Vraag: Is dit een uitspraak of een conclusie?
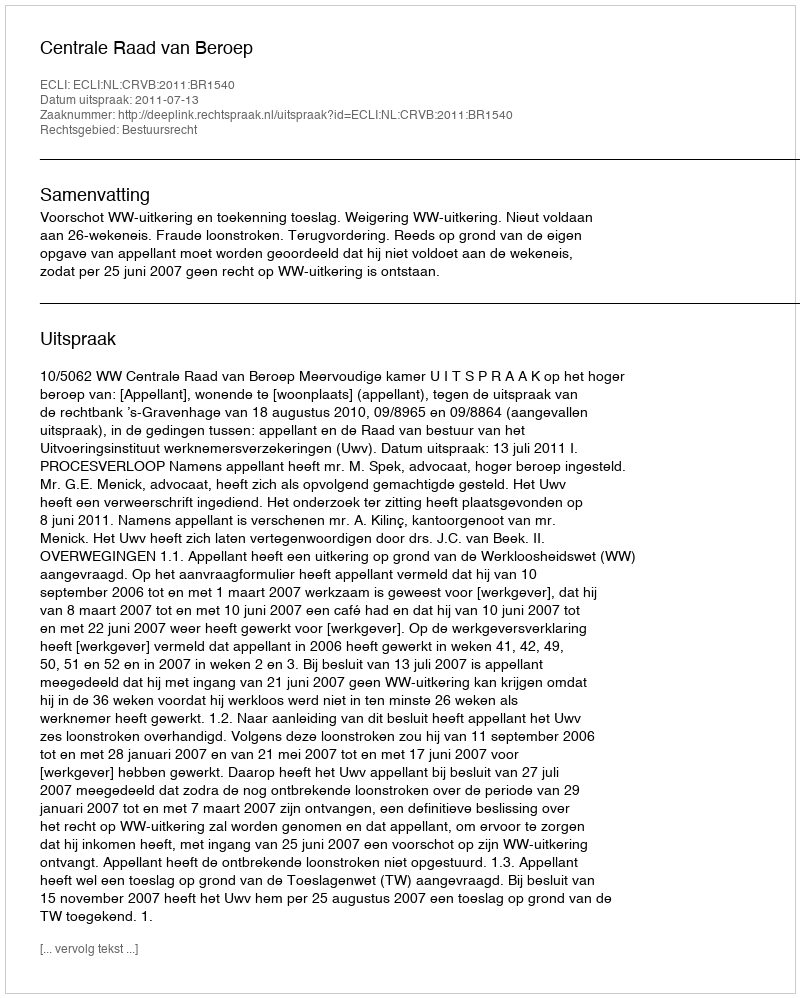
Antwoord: Uitspraak